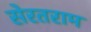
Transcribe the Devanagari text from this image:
सेरतराम